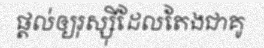
ផ្តល់ឲ្យរុស្ស៊ីដែលតែងជាគូ